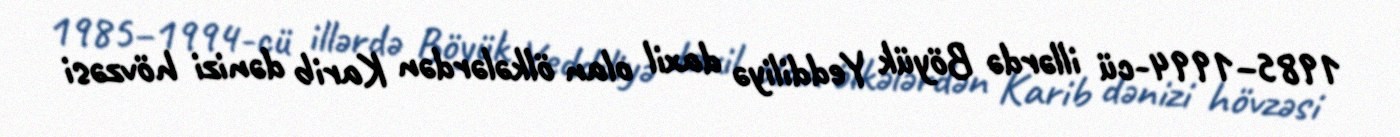
1985–1994-cü illərdə Böyük Yeddiliyə daxil olan ölkələrdən Karib dənizi hövzəsi